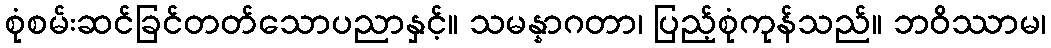
စုံစမ်းဆင်ခြင်တတ်သောပညာနှင့်။ သမန္နာဂတာ၊ ပြည့်စုံကုန်သည်။ ဘဝိဿာမ၊